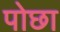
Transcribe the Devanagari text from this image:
पोछा